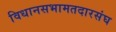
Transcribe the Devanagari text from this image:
विधानसभामतदारसंघ